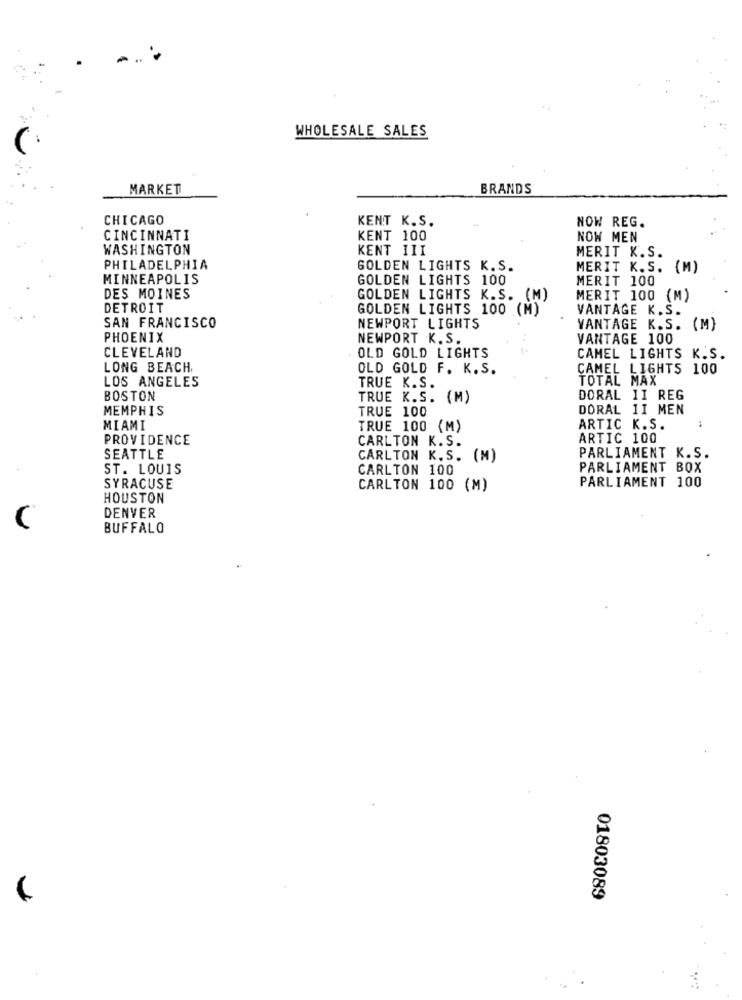
WHOLESALE SALES
MARKET
BRANDS
CHICAGO
KENT K.S.
NOW REG.
CINCINNATI
KENT 100
NOW MEN
WASHINGTON
KENT III
MERIT K.S.
PHILADELPHIA
GOLDEN LIGHTS K.S.
MERIT K.S. (M)
MINNEAPOLIS
GOLDEN LIGHTS 100
MERIT 100
DES MOINES
GOLDEN LIGHTS K.S. (M)
MERIT 100 (M)
DETROIT
GOLDEN LIGHTS 100 (M)
VANTAGE K.S.
SAN FRANCISCO
NEWPORT LIGHTS
VANTAGE K.S. (M)
PHOENIX
NEWPORT K. S.
VANTAGE 100
OLD GOLD LIGHTS
CLEVELAND
CAMEL LIGHTS K.S.
LONG BEACH,
OLD GOLD F. K. S.
CAMEL LIGHTS 100
LOS ANGELES
TOTAL MAX
TRUE K.S.
BOSTON
TRUE K.S. (M)
DORAL II REG
MEMPHIS
TRUE 100
DORAL 1I MEN
MIAMI
TRUE 100 (M)
ARTIC K.S.
PROVIDENCE
CARLTON K.S.
ARTIC 100
PARLIAMENT K.S.
SEATTLE
CARLTON K.S. (M)
ST. LOUIS
CARLTON 100
PARLIAMENT BOX
PARLIAMENT 100
SYRACUSE
CARLTON 100 (M)
HOUSTON
DENVER
C
BUFFALO
01803089